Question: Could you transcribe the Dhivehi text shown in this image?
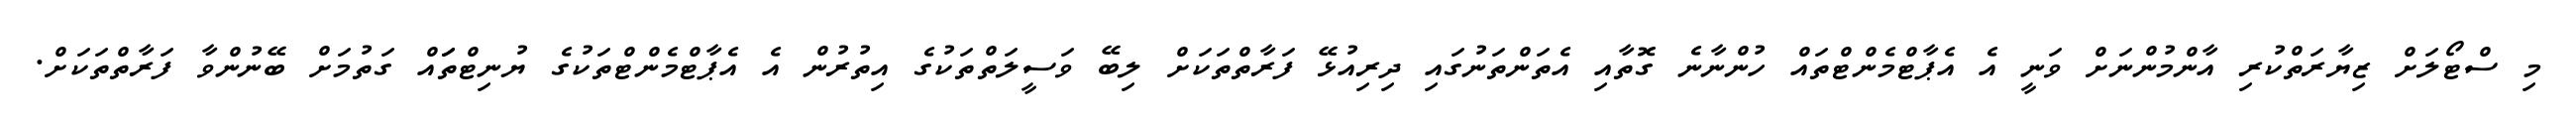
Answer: މި ސްޓޯލަށް ޒިޔާރަތްކުރި އާންމުންނަށް ވަނީ އެ އެޕާޓްމެންޓްތައް ހުންނާނެ ގޮތާއި އެތަންތަނުގައި ދިރިއުޅޭ ފަރާތްތަކަށް ލިބޭ ވަސީލަތްތަކުގެ އިތުރުން އެ އެޕާޓްމެންޓްތަކުގެ ޔުނިޓްތަައް ގަތުމަށް ބޭނުންވާ ފަރާތްތަކަށް.